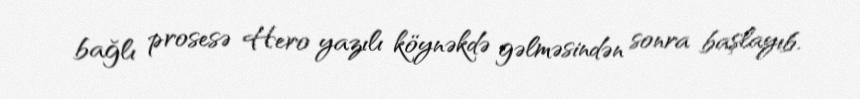
bağlı prosesə Hero yazılı köynəkdə gəlməsindən sonra başlayıb.